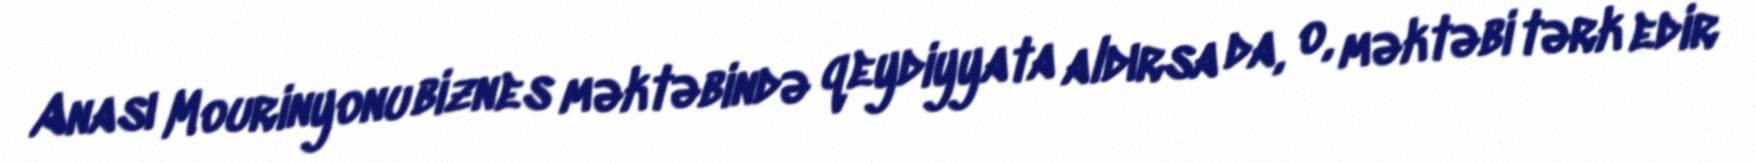
Anası Mourinyonu biznes məktəbində qeydiyyata aldırsa da, o, məktəbi tərk edir